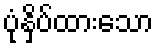
ပုံနှိပ်ထားသော